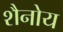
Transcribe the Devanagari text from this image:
शैनोय